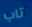
تاب